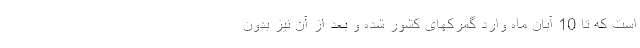
است که تا 10 آبان ماه وارد گمرکهای کشور شده و بعد از آن نیز بدون